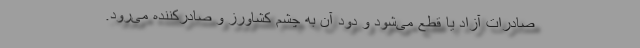
صادرات آزاد یا قطع می‌شود و دود آن به چشم کشاورز و صادرکننده می‌رود.